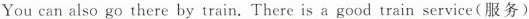
You can also go there by train. There is a good train service(服务)